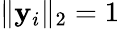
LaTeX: \| \mathbf{y}_{i}\| _{2}=1